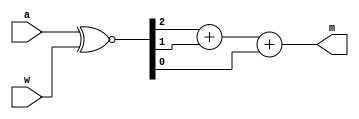
`timescale 1ns / 1ps
module Single_XNORFA(
    	input [2:0] a,
    	input [2:0] w,
    	output [1:0] m
    );

	wire [2:0] x;
	assign x = a ~^ w;
    assign m = x[2] + x[1] + x[0];
 
endmodule